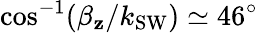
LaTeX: \cos^{-1}(\beta_{\mathbf{z}}/k_{\mathrm{{SW}}})\simeq46^{\circ}